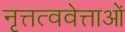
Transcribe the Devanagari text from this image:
नृत्तत्ववेत्ताओं